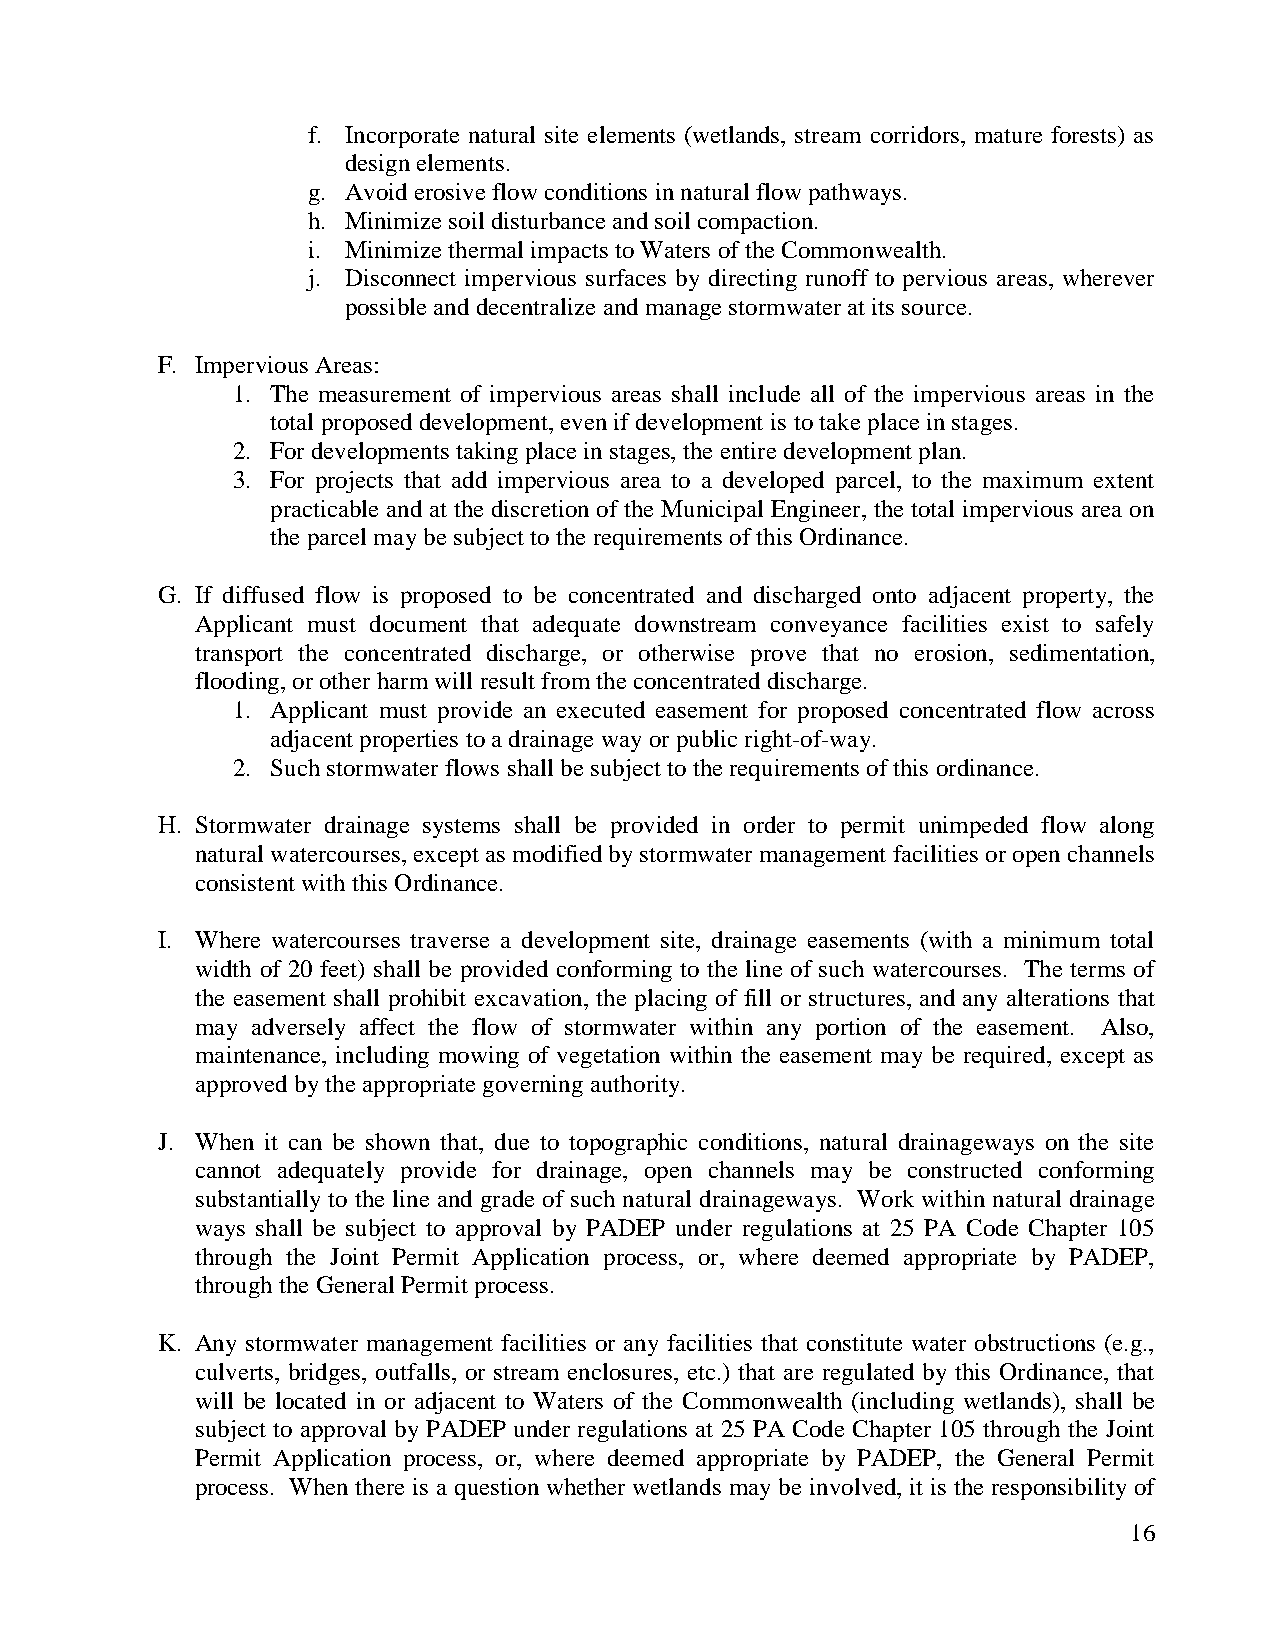
f. Incorporate natural site elements (wetlands, stream corridors, mature forests) as
 design elements.
 g. Avoid erosive flow conditions in natural flow pathways.
 h. Minimize soil disturbance and soil compaction.
 i. Minimize thermal impacts to Waters of the Commonwealth.
 j. Disconnect impervious surfaces by directing runoff to pervious areas, wherever
 possible and decentralize and manage stormwater at its source.
 F. Impervious Areas:
 1. The measurement of impervious areas shall include all of the impervious areas in the
 total proposed development, even if development is to take place in stages.
 2. For developments taking place in stages, the entire development plan.
 3. For projects that add impervious area to a developed parcel, to the maximum extent
 practicable and at the discretion of the Municipal Engineer, the total impervious area on
 the parcel may be subject to the requirements of this Ordinance.
 G. If diffused flow is proposed to be concentrated and discharged onto adjacent property, the
 Applicant must document that adequate downstream conveyance facilities exist to safely
 transport the concentrated discharge, or otherwise prove that no erosion, sedimentation,
 flooding, or other harm will result from the concentrated discharge.
 1. Applicant must provide an executed easement for proposed concentrated flow across
 adjacent properties to a drainage way or public right-of-way.
 2. Such stormwater flows shall be subject to the requirements of this ordinance.
 H. Stormwater drainage systems shall be provided in order to permit unimpeded flow along
 natural watercourses, except as modified by stormwater management facilities or open channels
 consistent with this Ordinance.
 I. Where watercourses traverse a development site, drainage easements (with a minimum total
 width of 20 feet) shall be provided conforming to the line of such watercourses. The terms of
 the easement shall prohibit excavation, the placing of fill or structures, and any alterations that
 may adversely affect the flow of stormwater within any portion of the easement. Also,
 maintenance, including mowing of vegetation within the easement may be required, except as
 approved by the appropriate governing authority.
 J. When it can be shown that, due to topographic conditions, natural drainageways on the site
 cannot adequately provide for drainage, open channels may be constructed conforming
 substantially to the line and grade of such natural drainageways. Work within natural drainage
 ways shall be subject to approval by PADEP under regulations at 25 PA Code Chapter 105
 through the Joint Permit Application process, or, where deemed appropriate by PADEP,
 through the General Permit process.
 K. Any stormwater management facilities or any facilities that constitute water obstructions (e.g.,
 culverts, bridges, outfalls, or stream enclosures, etc.) that are regulated by this Ordinance, that
 will be located in or adjacent to Waters of the Commonwealth (including wetlands), shall be
 subject to approval by PADEP under regulations at 25 PA Code Chapter 105 through the Joint
 Permit Application process, or, where deemed appropriate by PADEP, the General Permit
 process. When there is a question whether wetlands may be involved, it is the responsibility of
 16